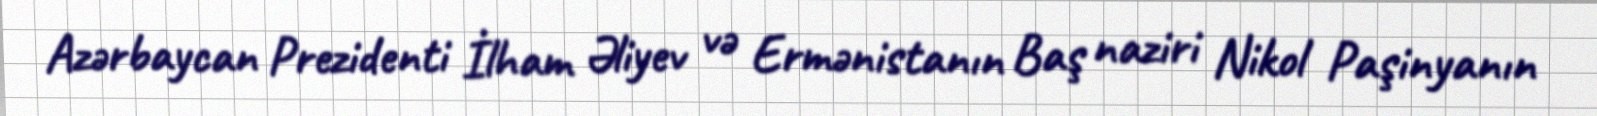
Azərbaycan Prezidenti İlham Əliyev və Ermənistanın Baş naziri Nikol Paşinyanın